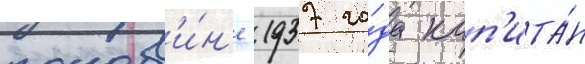
полов'и́н'е 1937 го́да кап'ита́н